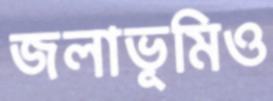
জলাভূমিও